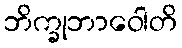
ဘိက္ခုဘာဝေါတိ